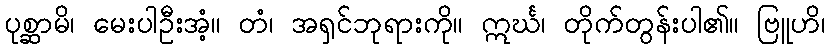
ပုစ္ဆာမိ၊ မေးပါဦးအံ့။ တံ၊ အရှင်ဘုရားကို။ ဣင်္ဃ၊ တိုက်တွန်းပါ၏။ ဗြူဟိ၊